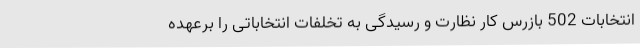
انتخابات 502 بازرس کار نظارت و رسیدگی به تخلفات انتخاباتی را برعهده